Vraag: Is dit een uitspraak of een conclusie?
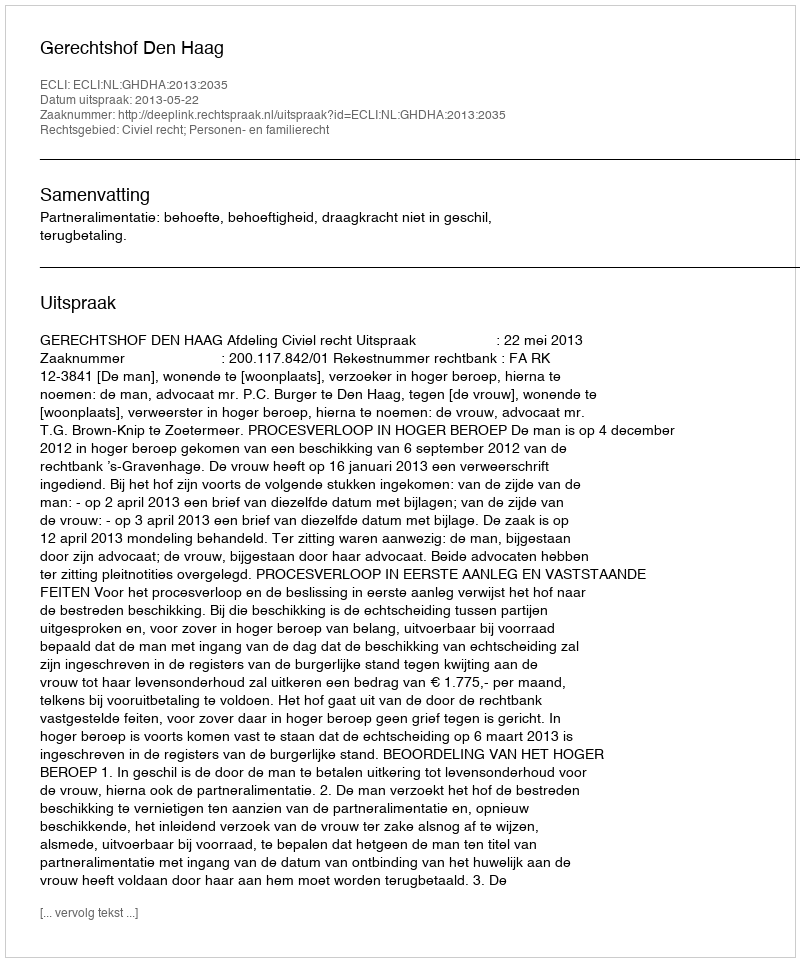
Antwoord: Uitspraak